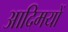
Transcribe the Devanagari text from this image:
आदिमयों